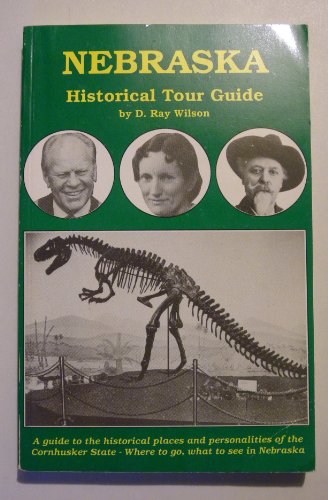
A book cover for Nebraska Historical Tour Guide (A [Cross]roads book); D. Ray Wilson; Travel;